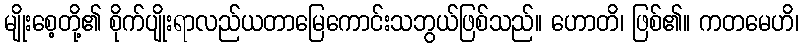
မျိုးစေ့တို့၏ စိုက်ပျိုးရာလည်ယတာမြေကောင်းသဘွယ်ဖြစ်သည်။ ဟောတိ၊ ဖြစ်၏။ ကတမေဟိ၊